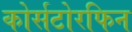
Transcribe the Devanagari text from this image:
कोर्सटोरफिन